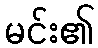
မင်း၏